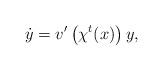
LaTeX: \begin{gather*}\dot{y}=v^{\prime}\left(\chi^{t}(x)\right)y,\end{gather*}